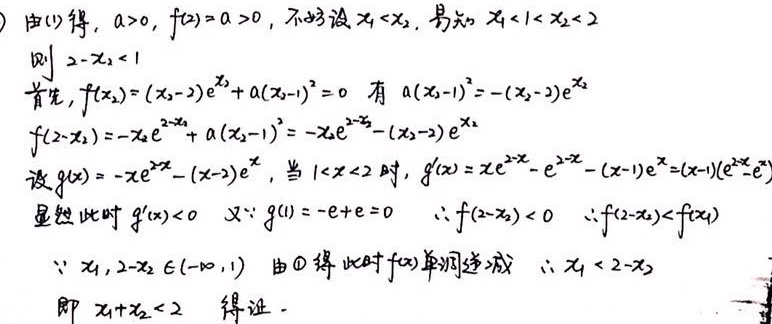
由(1)得，$a > 0$，$f(2)=a > 0$，不妨设$x_1<x_2$，易知$x_1 < 1 < x_2<2$
则$2 - x_2<1$
首先，$f(x_2)=(x_2 - 2)e^{x_2}+a(x_2 - 1)^2 = 0$ 有$a(x_2 - 1)^2=-(x_2 - 2)e^{x_2}$
$f(2 - x_2)=-x_2e^{2 - x_2}+a(x_2 - 1)^2=-x_2e^{2 - x_2}-(x_2 - 2)e^{x_2}$
设$g(x)=-xe^{2 - x}-(x - 2)e^{x}$，当$1 < x < 2$时，$g'(x)=xe^{2 - x}-e^{2 - x}-(x - 1)e^{x}=(x - 1)(e^{2 - x}-e^{x})$
显然此时$g'(x)<0$ 又$\because g(1)=-e + e = 0$  $\therefore f(2 - x_2)<0$  $\therefore f(2 - x_2)<f(x_1)$
$\because x_1,2 - x_2\in(-\infty,1)$ 由\textcircled{1}得此时$f(x)$单调递减 $\therefore x_1<2 - x_2$
即$x_1 + x_2<2$ 得证.